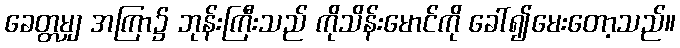
ခေတ္တမျှ အကြာ၌ ဘုန်းကြီးသည် ကိုသိန်းမောင်ကို ခေါ်၍မေးတော့သည်။